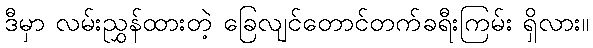
ဒီမှာ လမ်းညွှန်ထားတဲ့ ခြေလျင်တောင်တက်ခရီးကြမ်း ရှိလား။